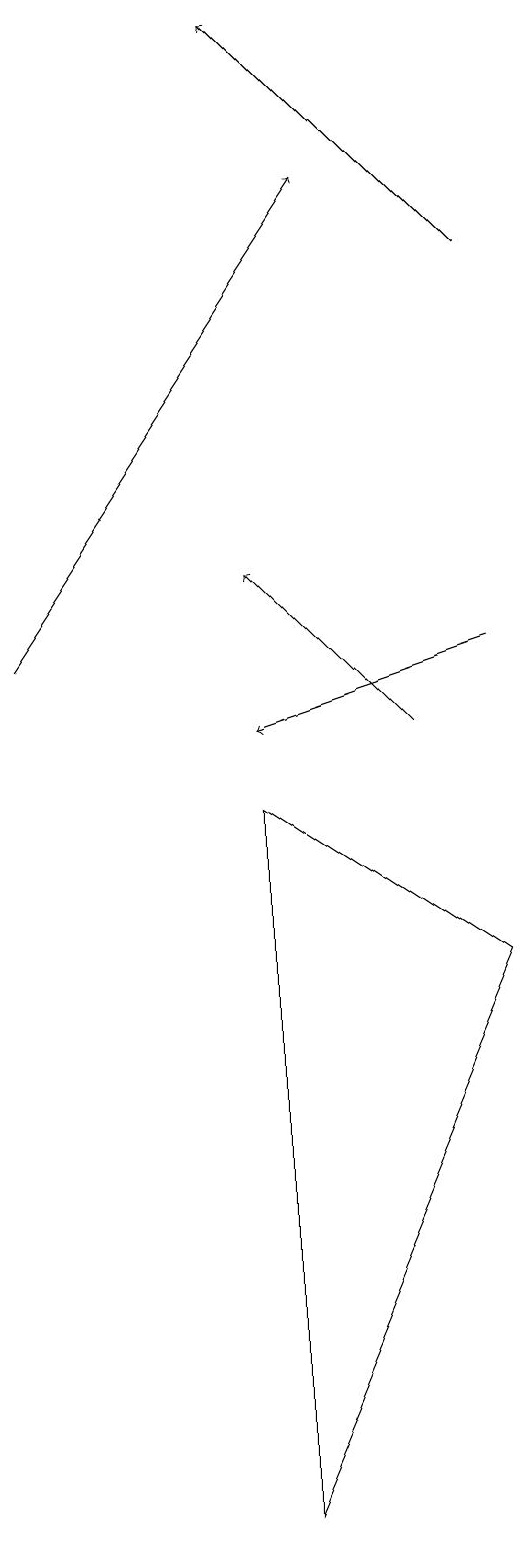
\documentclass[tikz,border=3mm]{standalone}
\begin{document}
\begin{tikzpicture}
\draw[->] (3,11) -- (7,17);
\draw[->] (8,10) -- (6,12);
\draw[->] (9,16) -- (6,19);
\draw (9,7) -- (6,9) -- (6,0) -- cycle;
\draw[->] (9,11) -- (6,10);
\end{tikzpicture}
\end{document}